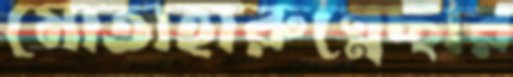
মোতাহারুন্নেছার